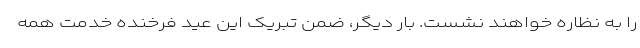
را به نظاره خواهند نشست. بار دیگر، ضمن تبریک این عید فرخنده خدمت همه